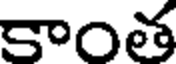
కాంత